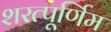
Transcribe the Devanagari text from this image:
शरत्पूर्णिम